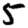
Digit: 5